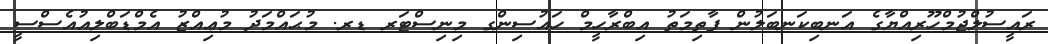
ރައީސުލްޖުމްހޫރިއްޔާގެ އަނބިކަނބަލުން ފާތިމަތު އިބްރާހީމް ހައުސިންގ މިނިސްޓަރ ޑރ. މުޙައްމަދު މުޢިއްޒު އެމްޑަބްލިއުއެސްސީ